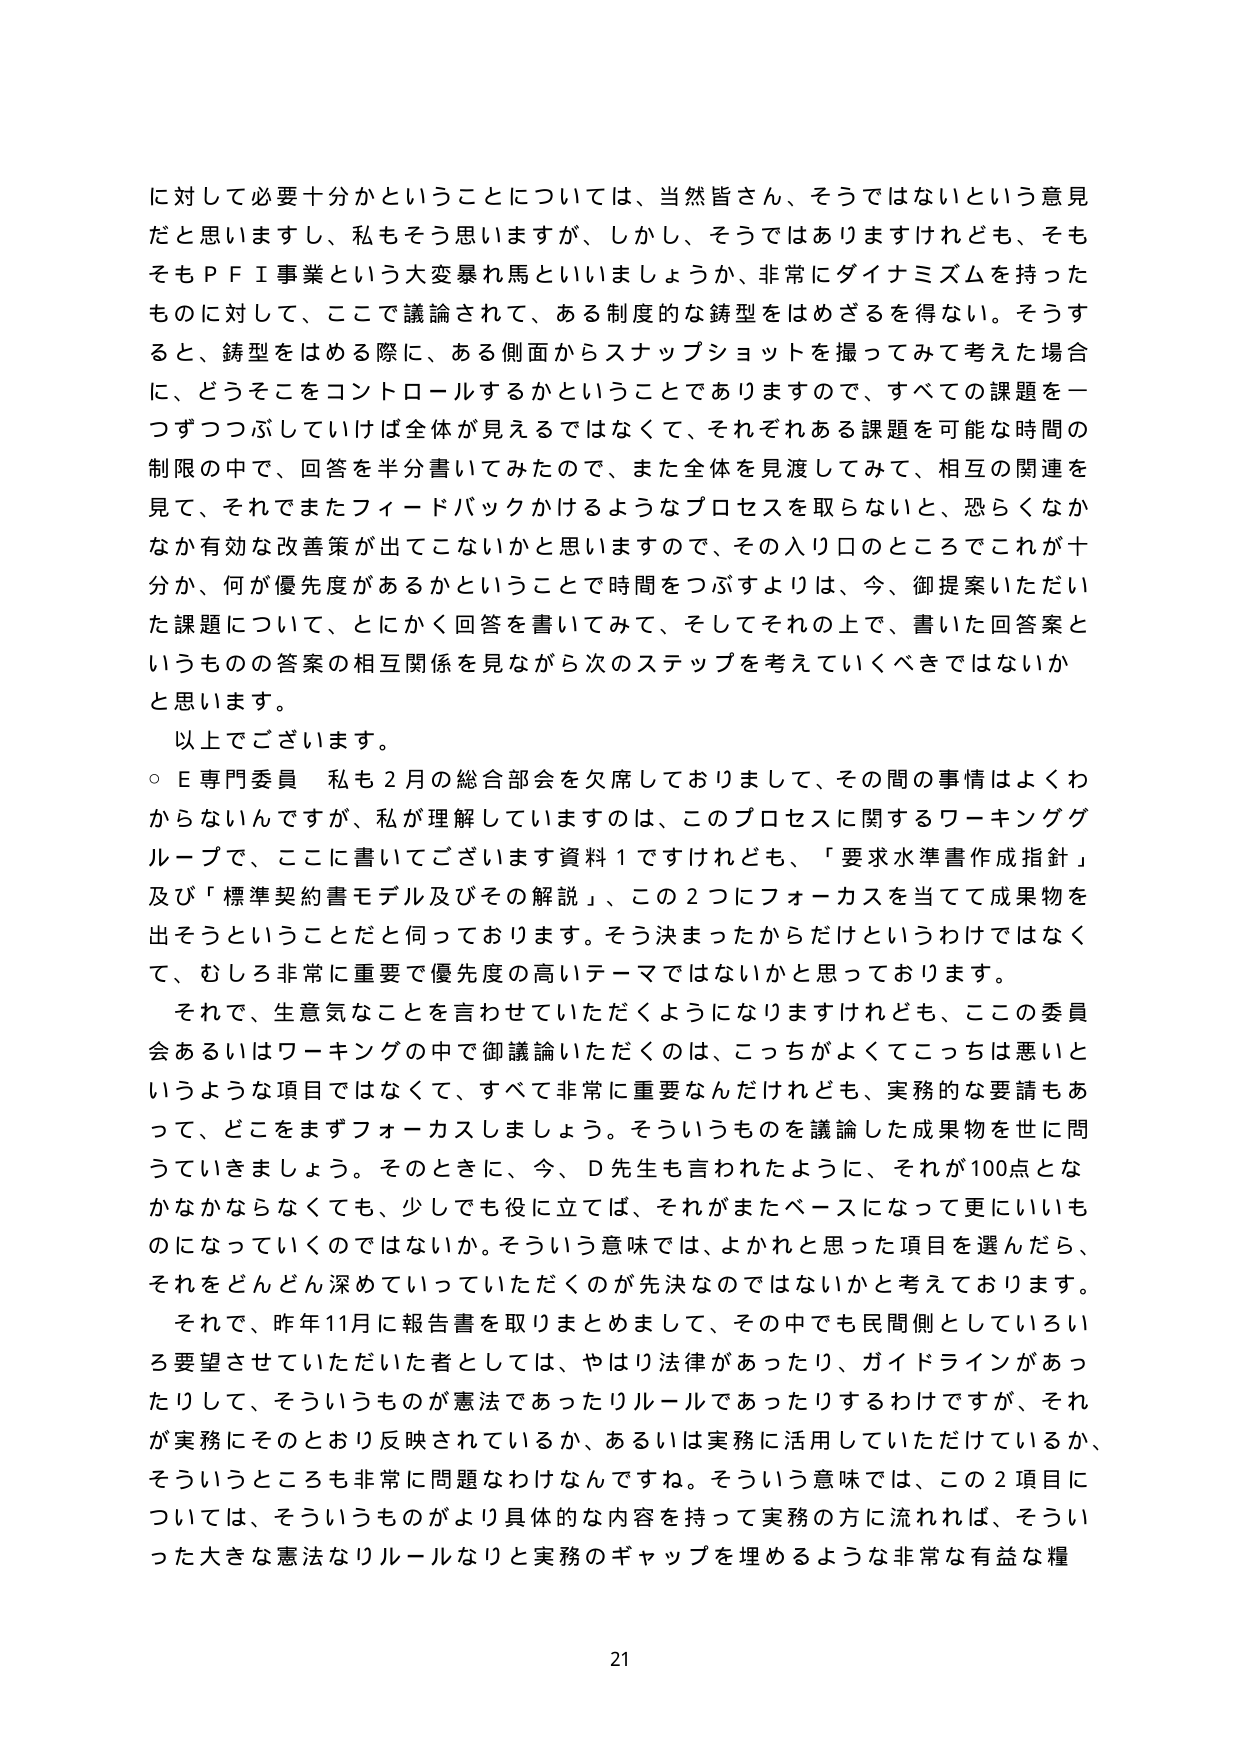
に対して必要十分かということについては、当然皆さん、そうではないという意見だと思いますし、私もそう思いますか、しかし、そうではありますけれども、そもそもＰＦＩ事業という大変暴れ馬といいましょうか、非常にダイナミズムを持ったものに対して、ここで議論されて、ある制度的な鋳型をはめざるを得ない。そうすると、鋳型をはめる際に、ある側面からスナップショットを撮ってみて考えた場合に、どうそこをコントロールするかということでありますので、すべての課題を一つずつぶしていけば全体が見えるではなくて、それぞれある課題を可能な時間の制限の中で、回答を半分書いてみたので、また全体を見渡してみて、相互の関連を見て、それできまたフィードバックかけるようなプロセスを取らないと、恐らくなかなか有効な改善策が出てこないかと思いますので、その入り口のところでこれが十分か、何が優先度があるかということで時間をつぶすよりは、今、御提案いただいた課題について、とにかく回答を書いてみて、そしてそれの上で、書いた回答というものの答案の相互関係を見ながら次のステップを考えていくべきではないかと思います。

以上でございます。

○Ｅ専門委員　私も２月の総合部会を欠席しておりまして、その間の事情はよくわからないんですが、私が理解していますのは、このプロセスに関するワーキンググループで、ここに書いてございます資料１ですけれども、「要求水準書作成指針」及び「標準契約書モデル及びその解説」、この２つにフォーカスを当てて成果物を出そうということだと伺っております。そう決まったからだけというわけではなくて、むしろ非常に重要で優先度の高いテーマではないかと思っております。

それで、生意気なことを言わせていただくようになりますけれども、ここの委員会あるいはワーキングの中で御議論いただくのは、こっちがよくてこっちは悪いというような項目ではなくて、すべて非常に重要なんだけれども、実務的な要請もあって、どこをまずフォーカスしましょう。そういうものを議論した成果物を世に問うていきましょう。そのときに、今、Ｄ先生も言われたように、それが100点とかなかなかならなくても、少しでも役に立てば、それがまたベースになって更にいいものになっていくのではないか。そういう意味では、よかれと思った項目を選んだら、それをどんどん深めていっていただくのが先決のではないかと考えております。

それで、昨年11月に報告書を取りまとめまして、その中でも民間側としていろいろ要望させていただいた者としては、やはり法律があったり、ガイドラインがあったりして、そういうものが憲法であったりルールであったりするわけですが、それが実務にそのとおり反映されているか、あるいは実務に活用していただけているか、そういうところも非常に問題なわけなんです。そういう意味では、この２項目については、そういうものがより具体的な内容を持って実務の方に流れれば、そういった大きな憲法なりルールなりと実務のギャップを埋めるような非常に有益な糧

21